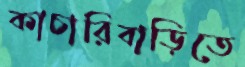
কাচারিবাড়িতে